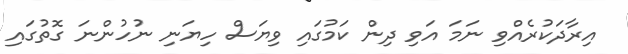
އިރާދަކުރެއްވި ނަމަ އަވި ދިން ކަމުގައި ވިޔަސް ހިޔަނި ނުހުންނަ ގޮތުގައި